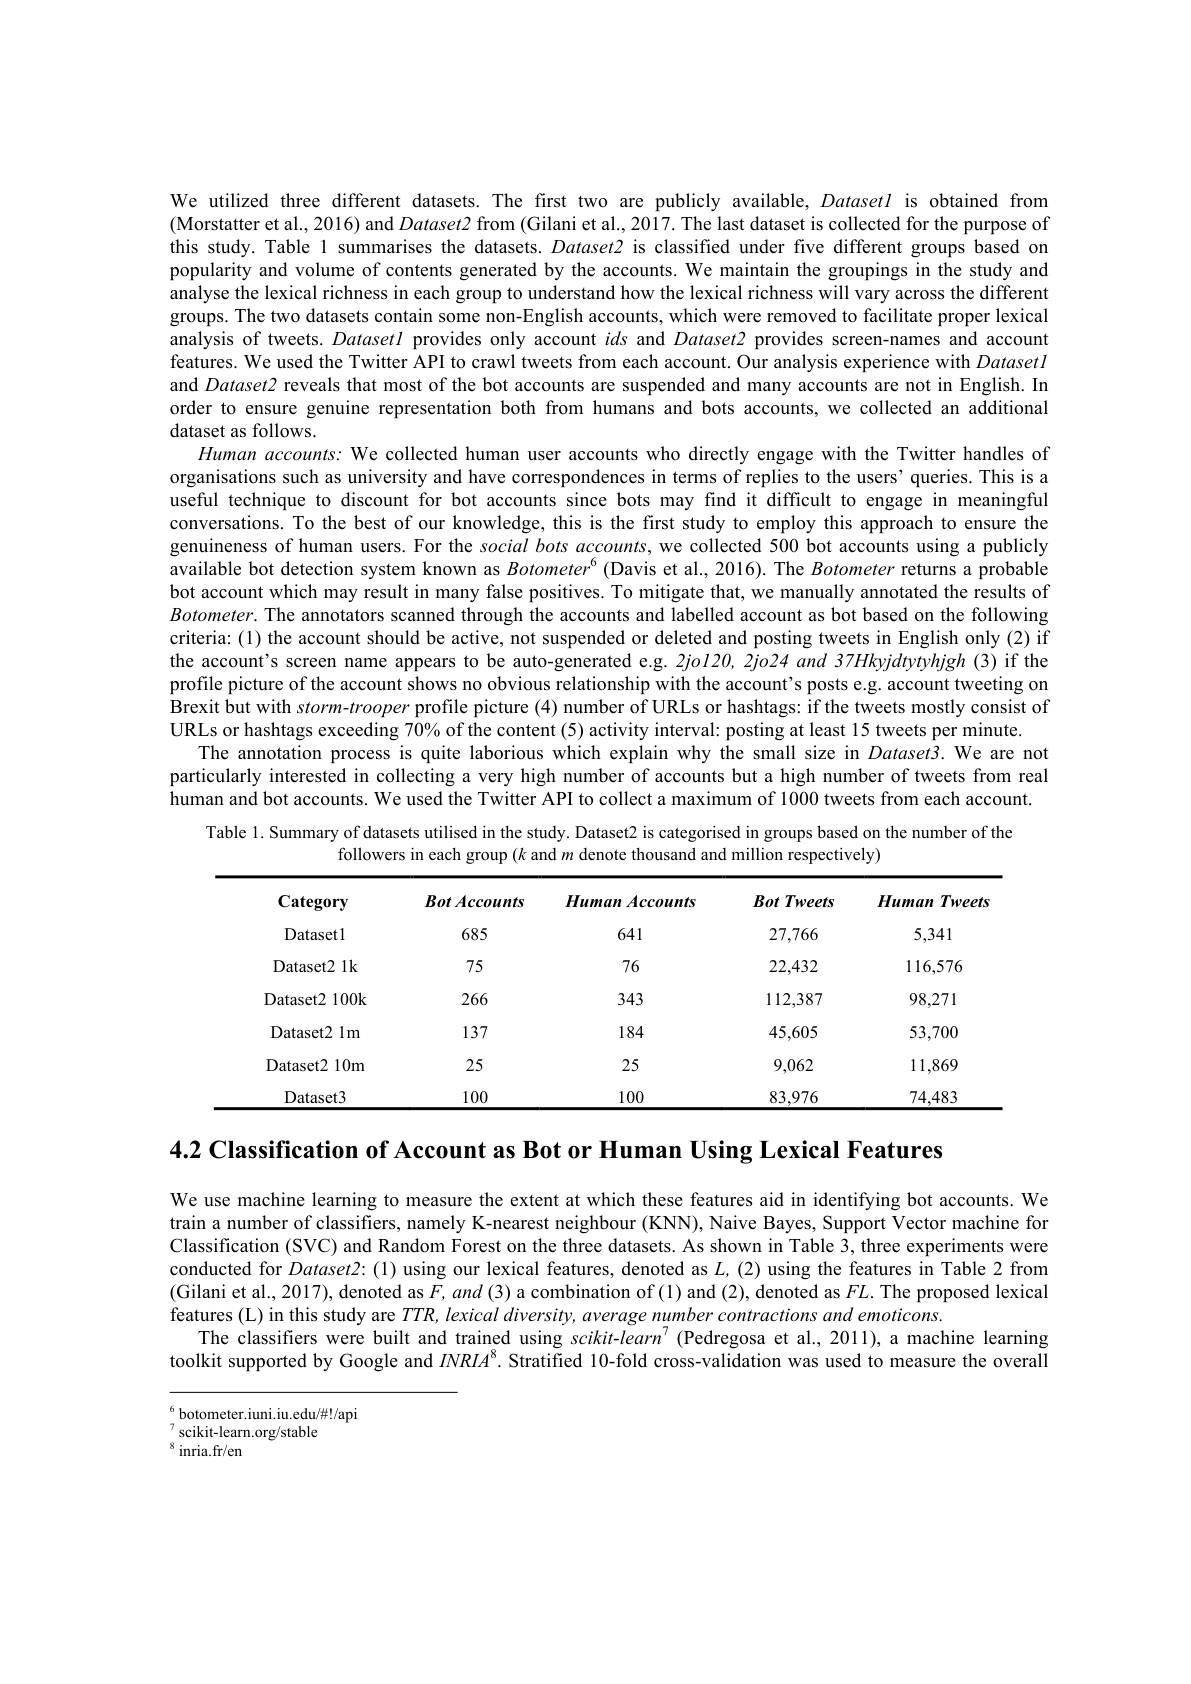
We utilized three different datasets. The first two are publicly available, Datasetl is obtained from (Morstatter et al., 2016) and Dataset2 from (Gilani et al., 2017. The last dataset is collected for the purpose of this study. Table 1 summarises the datasets. Dataset2 is classified under five different groups based on popularity and volume of contents generated by the accounts. We maintain the groupings in the study and analyse the lexical richness in each group to understand how the lexical richness will vary across the different groups. The two datasets contain some non-English accounts, which were removed to facilitate proper lexical analysis of tweets. DatasetI provides only account ids and $Dataset2$ provides screen-names and account features. We used the Twitter API to crawl tweets from each account. Our analysis experience with DatasetI and $Dataset2$ reveals that most of the bot accounts are suspended and many accounts are not in English. In order to ensure genuine representation both from humans and bots accounts, we collected an additional dataset as follows.
Human accounts: We collected human user accounts who directly engage with the Twitter handles of organisations such as university and have correspondences in terms of replies to the users' queries. This is a useful technique to discount for bot accounts since bots may find it difficult to engage in meaningful conversations. To the best of our knowledge, this is the first study to employ this approach to ensure the genuineness of human users. For the social bots accounts, we collected 500 bot accounts using a publicly available bot detection system known as $Botometer^6$ (Davis et al., 2016). The Botometer returns a probable bot account which may result in many false positives. To mitigate that, we manually annotated the results of $Botometer.$ The annotators scanned through the accounts and labelled account as bot based on the following criteria: (1) the account should be active, not suspended or deleted and posting tweets in English only (2) if the account's screen name appears to be auto-generated e.g. 2jol20, 2jo24 and 37Hkyjdtytyhjgh (3) if the profile picture of the account shows no obvious relationship with the account's posts e.g. account tweeting on Brexit but with storm-trooper profile picture (4) number of URLs or hashtags: if the tweets mostly consist of URLs or hashtags exceeding 70% of the content (5) activity interval: posting at least 15 tweets per minute.
The annotation process is quite laborious which explain why the small size in $Dataset3.$ We are not particularly interested in collecting a very high number of accounts but a high number of tweets from real human and bot accounts. We used the Twitter API to collect a maximum of 1000 tweets from each account.
Table 1. Summary of datasets utilised in the study. Dataset2 is categorised in groups based on the number of the

followers in each group $(k$ and $m$ denote thousand and million respectively)

<table>
	<tbody>
		<tr>
			<th>Category</th>
			<th>BotAccounts</th>
			<th>Human Accounts</th>
			<th>BotTweets</th>
			<th>Human Tweets</th>
		</tr>
		<tr>
			<td>Datasetl</td>
			<td>685</td>
			<td>641</td>
			<td>27,766</td>
			<td>5,341</td>
		</tr>
		<tr>
			<td>Dataset2 $21k$</td>
			<td>75</td>
			<td>76</td>
			<td>22,432</td>
			<td>116,576</td>
		</tr>
		<tr>
			<td>Dataset2 2 100k</td>
			<td>266</td>
			<td>343</td>
			<td>112,387</td>
			<td>98,271</td>
		</tr>
		<tr>
			<td>Dataset2 $:1m$</td>
			<td>137</td>
			<td>184</td>
			<td>45,605</td>
			<td>53,700</td>
		</tr>
		<tr>
			<td>Dataset2 210m 1</td>
			<td>25</td>
			<td>25</td>
			<td>9,062</td>
			<td>11,869</td>
		</tr>
		<tr>
			<td>Dataset3</td>
			<td>100</td>
			<td>100</td>
			<td>83,976</td>
			<td>74,483</td>
		</tr>
	</tbody>
</table>

4.2 Classification of Account as Bot or Human Using Lexical Features

We use machine learning to measure the extent at which these features aid in identifying bot accounts. We train a number of classifiers, namely K-nearest neighbour (KNN), Naive Bayes, Support Vector machine for Classification (SVC) and Random Forest on the three datasets. As shown in Table 3, three experiments were conducted for $Dataset2:(1)$ using our lexical features, denoted as $L,(2)$ using the features in Table 2 from (Gilani et al., 2017), denoted as $F,and\left(3\right)$ a combination of (1) and (2), denoted as $FL.$ The proposed lexical features (L) in this study are $TTR,lexical$ diversity, average number contractions and emoticons.
The classifiers were built and trained using $scikit-learn^{7}$ (Pedregosa et al., 2011), a machine learning toolkit supported by Google and $INRIA^{8}$. Stratified 10-fold cross-validation was used to measure the overall

$^{6}$botometer.iuni.iu.edu/#!/api
${}_{0}^{7}$scikit-learn.org/stable
$^{8}{\mathrm{~inria.fr/en}}$